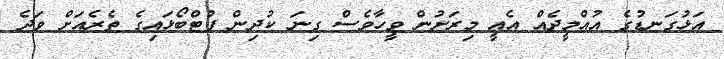
އަޅުގަނޑުގެ އުއްމީދެއް އެއީ މިރަށުން ވީހާވެސް ގިނަ ކުދިން ފުޓްބޯޅައިގެ ތެރެއަށް ވަދެ